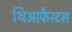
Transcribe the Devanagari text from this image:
थिआफैस्टस